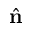
\hat { \bf n }